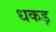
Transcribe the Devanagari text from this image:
धकड़